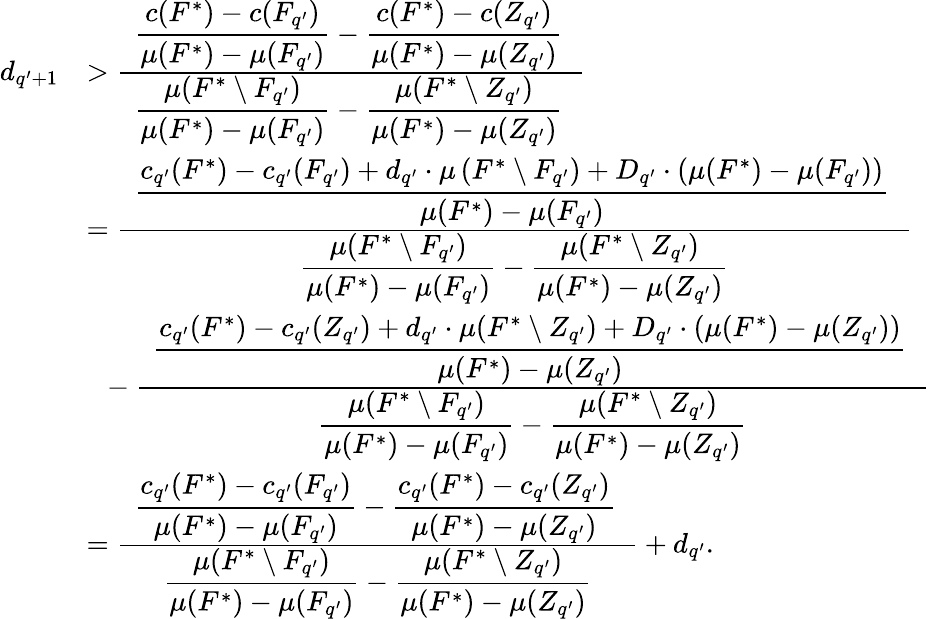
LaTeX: \begin{array}{rl}{d_{q^{\prime}+1}}&{>\frac{\hphantom{x}\displaystyle\frac{c(F^{*})-c(F_{q^{\prime}})}{\mu(F^{*})-\mu(F_{q^{\prime}})}-\frac{c(F^{*})-c(Z_{q^{\prime}})}{\mu(F^{*})-\mu(Z_{q^{\prime}})}\hphantom{x}}{\hphantom{x}\displaystyle\frac{\mu(F^{*}\setminus F_{q^{\prime}})}{\mu(F^{*})-\mu(F_{q^{\prime}})}-\frac{\mu(F^{*}\setminus Z_{q^{\prime}})}{\mu(F^{*})-\mu(Z_{q^{\prime}})}\hphantom{x}}}\\ {}&{=\frac{\hphantom{x}\displaystyle\frac{c_{q^{\prime}}(F^{*})-c_{q^{\prime}}(F_{q^{\prime}})+d_{q^{\prime}}\cdot\mu\left(F^{*}\setminus F_{q^{\prime}}\right)+D_{q^{\prime}}\cdot\left(\mu(F^{*})-\mu(F_{q^{\prime}})\right)}{\mu(F^{*})-\mu(F_{q^{\prime}})}\hphantom{x}}{\displaystyle\frac{\mu(F^{*}\setminus F_{q^{\prime}})}{\mu(F^{*})-\mu(F_{q^{\prime}})}-\frac{\mu(F^{*}\setminus Z_{q^{\prime}})}{\mu(F^{*})-\mu(Z_{q^{\prime}})}}}\\ {}&{~~-\frac{\hphantom{x}\displaystyle\frac{c_{q^{\prime}}(F^{*})-c_{q^{\prime}}(Z_{q^{\prime}})+d_{q^{\prime}}\cdot\mu(F^{*}\setminus Z_{q^{\prime}})+D_{q^{\prime}}\cdot\left(\mu(F^{*})-\mu(Z_{q^{\prime}})\right)}{\mu(F^{*})-\mu(Z_{q^{\prime}})}\hphantom{x}}{\displaystyle\frac{\mu(F^{*}\setminus F_{q^{\prime}})}{\mu(F^{*})-\mu(F_{q^{\prime}})}-\frac{\mu(F^{*}\setminus Z_{q^{\prime}})}{\mu(F^{*})-\mu(Z_{q^{\prime}})}}}\\ {}&{=\frac{\hphantom{x}\displaystyle\frac{c_{q^{\prime}}(F^{*})-c_{q^{\prime}}(F_{q^{\prime}})}{\mu(F^{*})-\mu(F_{q^{\prime}})}-\frac{c_{q^{\prime}}(F^{*})-c_{q^{\prime}}(Z_{q^{\prime}})}{\mu(F^{*})-\mu(Z_{q^{\prime}})}\hphantom{x}}{\displaystyle\frac{\mu(F^{*}\setminus F_{q^{\prime}})}{\mu(F^{*})-\mu(F_{q^{\prime}})}-\frac{\mu(F^{*}\setminus Z_{q^{\prime}})}{\mu(F^{*})-\mu(Z_{q^{\prime}})}}+d_{q^{\prime}}.}\end{array}